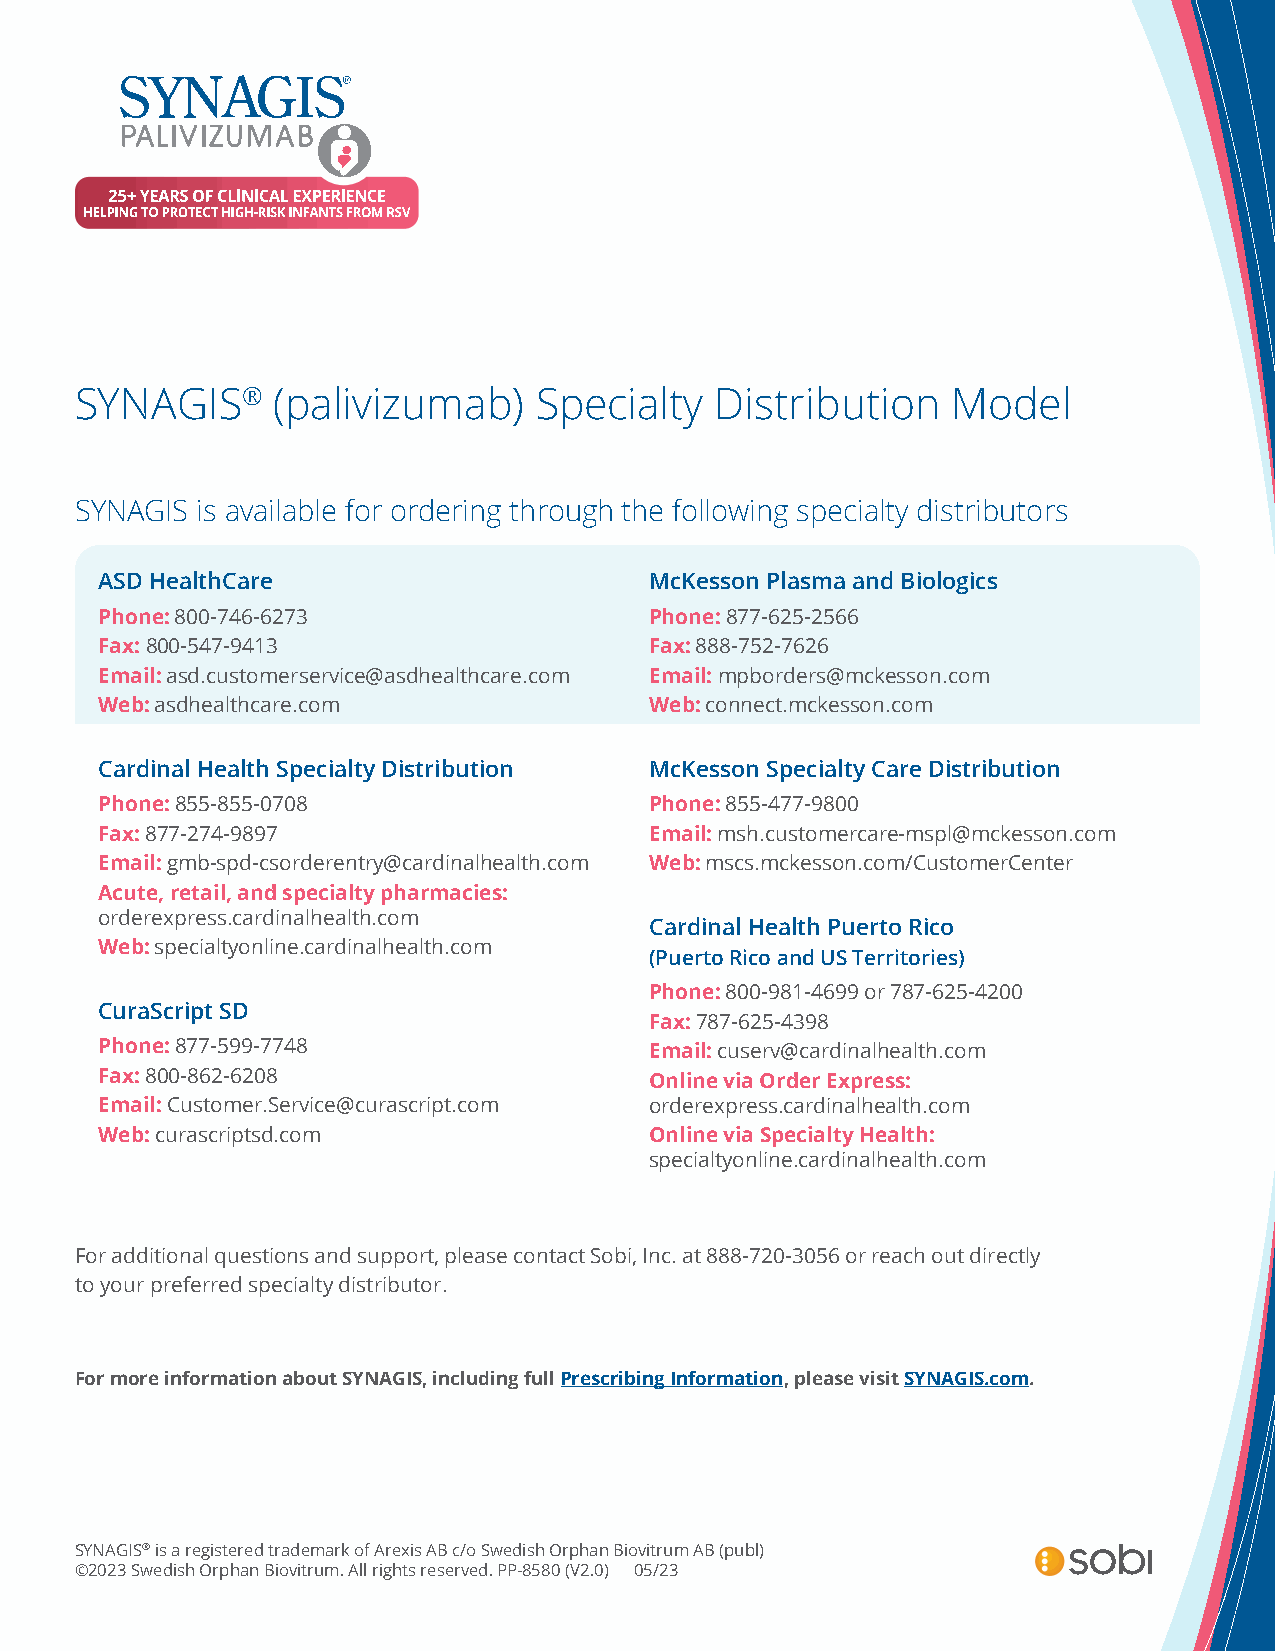
SYNAGIS®     (palivizumab)    Specialty   Distribution    Model
 SYNAGIS is available for ordering through the following specialty distributors
 ASD HealthCare                      McKesson Plasma and Biologics
 Phone: 800-746-6273                 Phone: 877-625-2566
 Fax: 800-547-9413                   Fax: 888-752-7626
 Email: asd.customerservice@asdhealthcare.com Email: mpborders@mckesson.com
 Web: asdhealthcare.com              Web: connect.mckesson.com
 Cardinal Health Specialty Distribution McKesson Specialty Care Distribution
 Phone: 855-855-0708                 Phone: 855-477-9800
 Fax: 877-274-9897                   Email: msh.customercare-mspl@mckesson.com
 Email: gmb-spd-csorderentry@cardinalhealth.com Web: mscs.mckesson.com/CustomerCenter
 Acute, retail, and specialty pharmacies:
 orderexpress.cardinalhealth.com
 Cardinal Health Puerto Rico
 Web: specialtyonline.cardinalhealth.com
 (Puerto Rico and US Territories)
 Phone: 800-981-4699 or 787-625-4200
 CuraScript SD
 Fax: 787-625-4398
 Phone: 877-599-7748                 Email: cuserv@cardinalhealth.com
 Fax: 800-862-6208                   Online via Order Express:
 Email: Customer.Service@curascript.com orderexpress.cardinalhealth.com
 Web: curascriptsd.com               Online via Specialty Health:
 specialtyonline.cardinalhealth.com
 For additional questions and support, please contact Sobi, Inc. at 888-720-3056 or reach out directly
 to your preferred specialty distributor.
 For more information about SYNAGIS, including full Prescribing Information, please visit SYNAGIS.com.
 SYNAGIS® is a registered trademark of Arexis AB c/o Swedish Orphan Biovitrum AB (publ)
 ©2023 Swedish Orphan Biovitrum. All rights reserved. PP-8580 (V2.0) 05/23